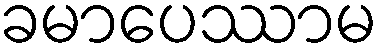
ခမာပေဿာမ